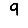
Digit: 9